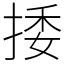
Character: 捼